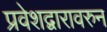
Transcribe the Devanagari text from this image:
प्रवेशद्वारावरुन